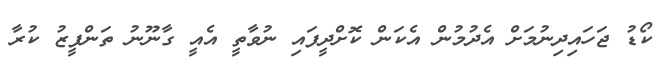
ކޯޑު ޖަހައިދިނުމަށް އެދުމުން އެކަން ކޮށްދީފައި ނުވާތީ އެއީ ގާނޫނު ތަންފީޒު ކުރާ